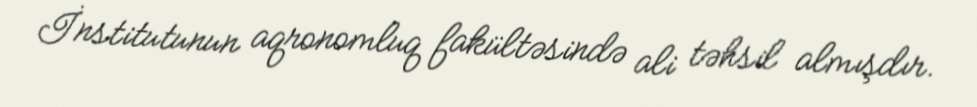
İnstitutunun aqronomluq fakültəsində ali təhsil almışdır.